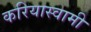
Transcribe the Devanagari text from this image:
करियास्वामी